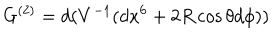
LaTeX: G ^ { ( 2 ) } = d ( V ^ { - 1 } ( d x ^ { 6 } + 2 R \cos \theta d \phi ) )